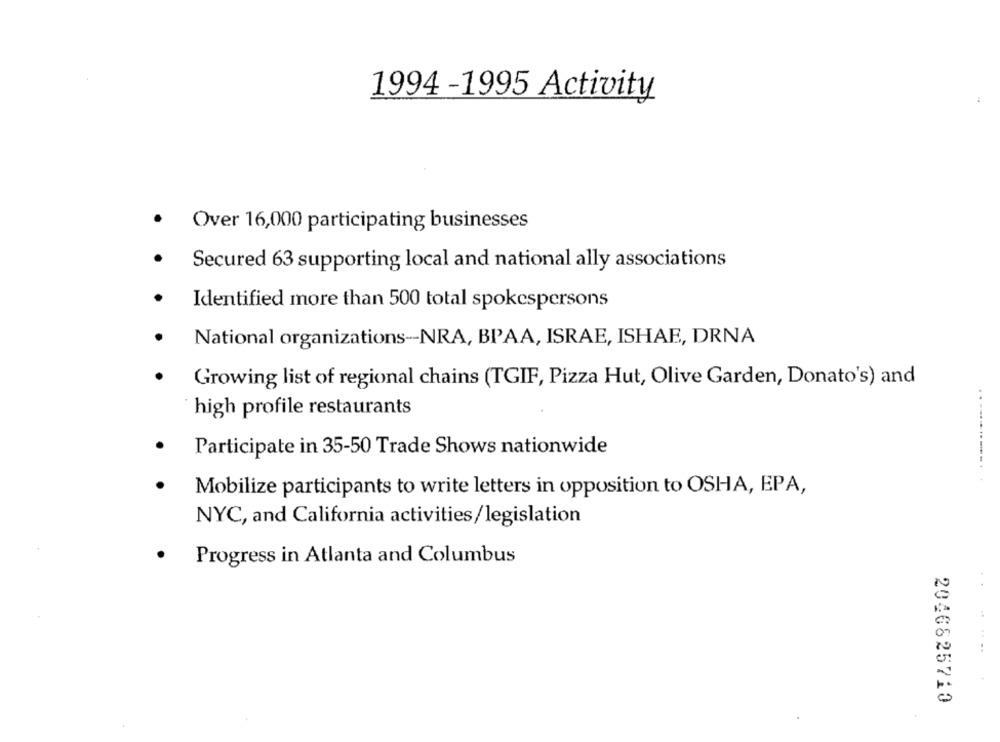
1994 -1995 Activity
.
Over 16,000 participating businesses
Secured 63 supporting local and national ally associations
Identified more than 500 total spokespersons
National organizations -- NRA, BIAA, ISRAE, ISHAE, DRNA
Growing list of regional chains (TGIF, Pizza Hut, Olive Garden, Donato's) and
high profile restaurants
Participate in 35-50 Trade Shows nationwide
.............
Mobilize participants to write letters in opposition to OSHA, EPA,
NYC, and California activities/legislation
Progress in Atlanta and Columbus
2046825710